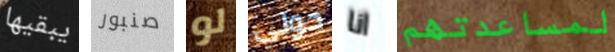
يبقيها صنبور لو حولي انا لمساعدتهم